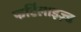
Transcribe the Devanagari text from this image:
फर्टिलाइज़्ड